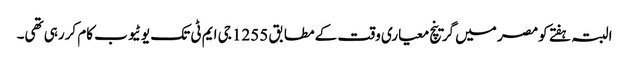
البتہ ہفتے کومصر میں گرینچ معیاری وقت کے مطابق 1255 جی ایم ٹی تک یوٹیوب کام کررہی تھی۔